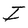
Character: I